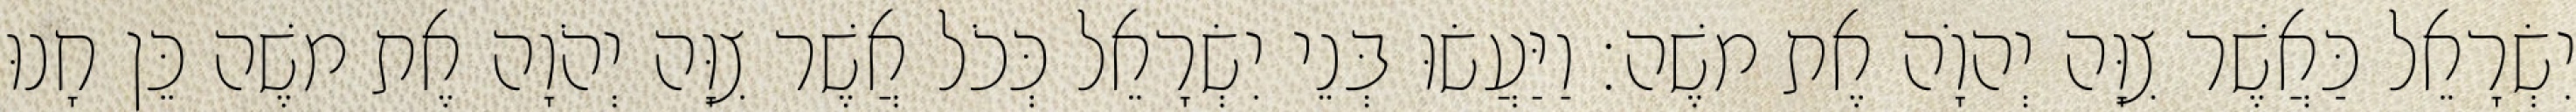
יִשְׂרָאֵל כַּאֲשֶׁר צִוָּה יְהוָֹה אֶת משֶׁה׃ וַיַּעֲשׂוּ בְּנֵי יִשְׂרָאֵל כְּכֹל אֲשֶׁר צִוָּה יְהֹוָה אֶת משֶׁה כֵּן חָנוּ